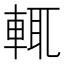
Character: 輒